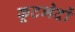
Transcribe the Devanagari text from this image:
कूटभेदों